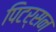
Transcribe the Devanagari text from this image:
पिटर्सन